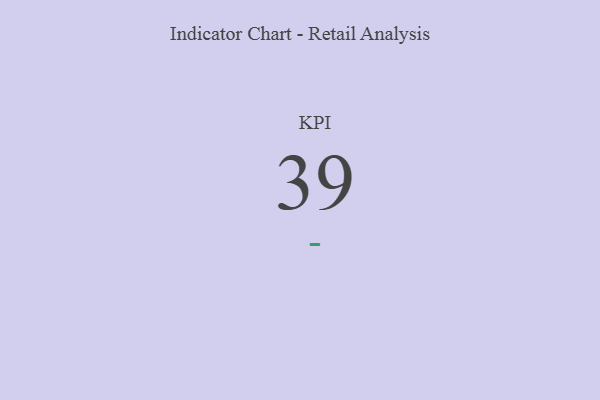
{"axis": {"x": "KPI", "y": "Value"}, "legend": [""], "data": [{"x": "KPI", "y": 39, "type": ""}]}